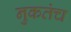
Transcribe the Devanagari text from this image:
नुकतंच